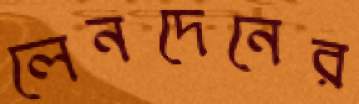
লেনদেনের